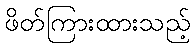
ဖိတ်ကြားထားသည့်